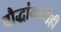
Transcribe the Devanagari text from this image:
बौद्धांमध्येही